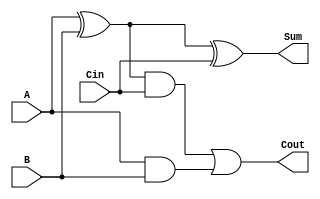
//-----------------------------------------------------------------------------
// UEFS TEC 499
// Lab 0, 2016.1
// Module: FA.v
// Desc: 1-bit Full Adder
//       You may only use structural verilog in this module.
//-----------------------------------------------------------------------------
module FA(
    input A, B, Cin,
    output Sum, Cout
);
   // Structural verilog only!
   /********YOUR CODE HERE********/
    // Desc: Sum = (A xor B) xor Cin
    //       Cout = [(A xor B) and Cin] or (A and B)

    wire AxorB, AandB, AxorBandCin;

    //Share Wire
    xor (AxorB, A, B);
    //Sum struct
    xor (Sum, AxorB, Cin);
    //Cout struct
    and (AandB, A, B);
    and (AxorBandCin, AxorB, Cin);
    or (Cout, AxorBandCin, AandB);

   /********END CODE********/
endmodule